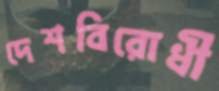
দেশবিরোধী